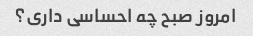
امروز صبح چه احساسی داری؟